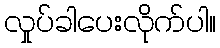
လှုပ်ခါပေးလိုက်ပါ။